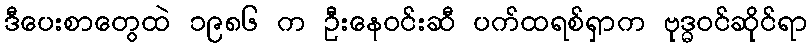
ဒီပေးစာတွေထဲ ၁၉၈၆ က ဦးနေဝင်းဆီ ပက်ထရစ်ရှာက ဗုဒ္ဓဝင်ဆိုင်ရာ